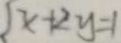
x + 2 y = 1